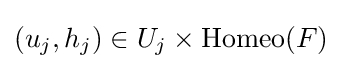
(u_{j},h_{j})\in U_{j}\times \operatorname {Homeo} (F)